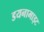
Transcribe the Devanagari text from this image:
डयनामाइट